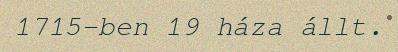
1715-ben 19 háza állt.